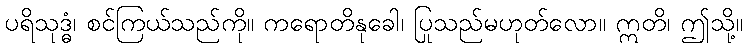
ပရိသုဒ္ဓံ၊ စင်ကြယ်သည်ကို။ ကရောတိနုခေါ၊ ပြုသည်မဟုတ်လော။ ဣတိ၊ ဤသို့။